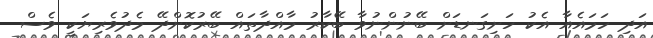
އަދި ހަމައެއާ އެކު ހަށިގަނޑަށް ބޭނުންނުވާ ބޭކާރު މާއްދާތައް ބޭރުކޮށްދޭ މެދުވެރިޔަކީ ވެސް